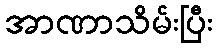
အာဏာသိမ်းပြီး